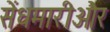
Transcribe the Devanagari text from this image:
सेंधमारीऔर